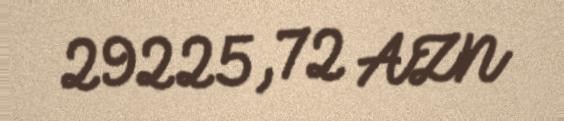
29225,72 AZN